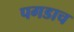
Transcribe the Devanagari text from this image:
पगडाच